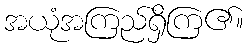
အယုံအကြည်ရှိကြ၏။